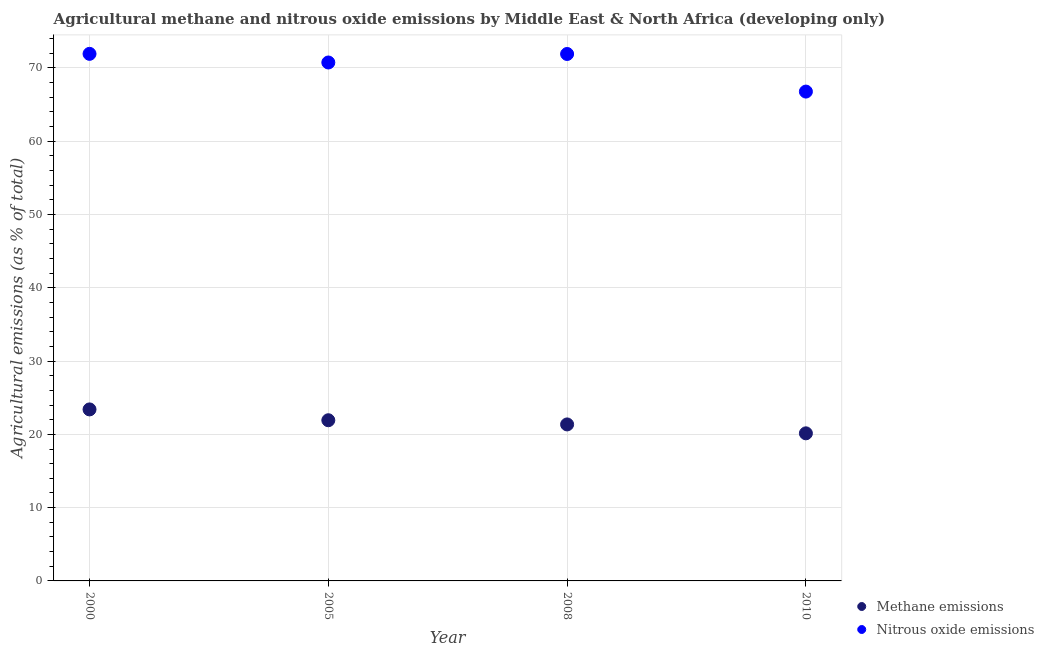
| Year | Methane emissions | Nitrous oxide emissions |
 | --- | --- | --- |
 | 2000 | 23.4 | 71.9 |
 | 2005 | 21.9 | 70.7 |
 | 2008 | 21.4 | 71.9 |
 | 2010 | 20.1 | 66.8 |